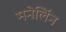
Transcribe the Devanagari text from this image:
मनेर्लिन